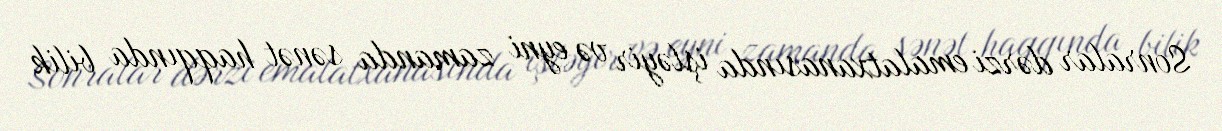
Sonralar dərzi emalatxanasında işləyir və eyni zamanda sənət haqqında bilik